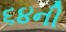
૬૪ની